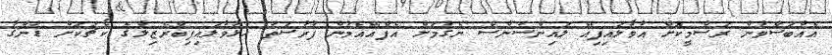
އެއްބަސްވުން ރަސްމީކޮށް އުވާލައިފިއޭ ލައިންސަންސް ނެގުމަށް އެފްއޭއެމުން ފުރުސަތު ހުޅުވާލައިފިބްރެޒިލްގެ ކޯޗަކަށް ޑުންގާ